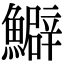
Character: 𩼎